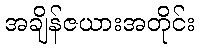
အချိန်ဇယားအတိုင်း